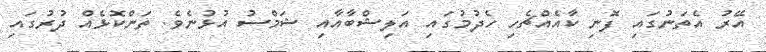
އޭރު އެތަނުގައި ފޮނި ކާއެއްޗެހި ހެދުމުގައި އަލިޝްބާއާއި ޝަމްސު އުޅުނެވެ. ތަންކޮޅެއް ދުރުގައި